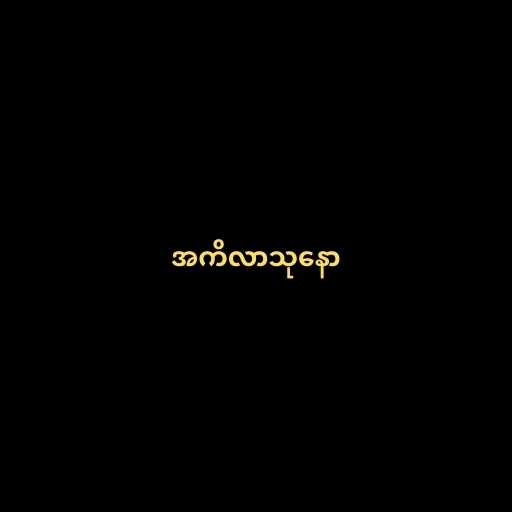
အကိလာသုနော